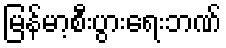
မြန်မာ့စီးပွားရေးဘဏ်